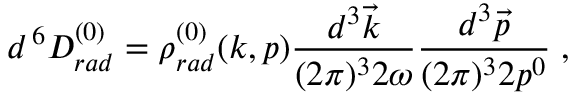
d ^ { \, 6 } { \cal D } _ { r a d } ^ { ( 0 ) } = \rho _ { r a d } ^ { ( 0 ) } ( k , p ) \frac { d ^ { 3 } { \vec { k } } } { ( 2 \pi ) ^ { 3 } 2 \omega } \frac { d ^ { 3 } { \vec { p } } } { ( 2 \pi ) ^ { 3 } 2 p ^ { 0 } } \; ,